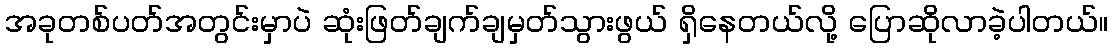
အခုတစ်ပတ်အတွင်းမှာပဲ ဆုံးဖြတ်ချက်ချမှတ်သွားဖွယ် ရှိနေတယ်လို့ ပြောဆိုလာခဲ့ပါတယ်။